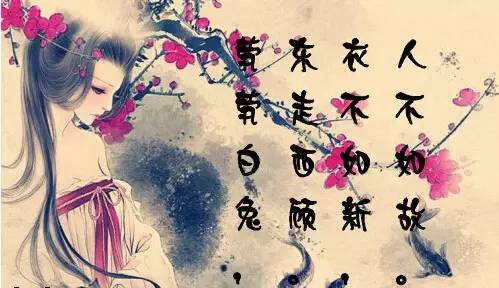
衣不如新，人不如故。